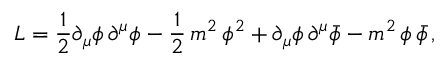
{ \cal L } = \frac { 1 } { 2 } { \partial } _ { \mu } \phi \, { \partial } ^ { \mu } \phi - \frac { 1 } { 2 } \, m ^ { 2 } \, \phi ^ { 2 } + { \partial } _ { \mu } \phi \, { \partial } ^ { \mu } { \bar { \phi } } - m ^ { 2 } \, \phi \, { \bar { \phi } } \, ,